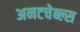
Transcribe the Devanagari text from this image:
अनटचेब्ल्स